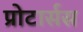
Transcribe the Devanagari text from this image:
प्रोटार्सस